Etiology and epidemiology of plague
Disease focus: Plague
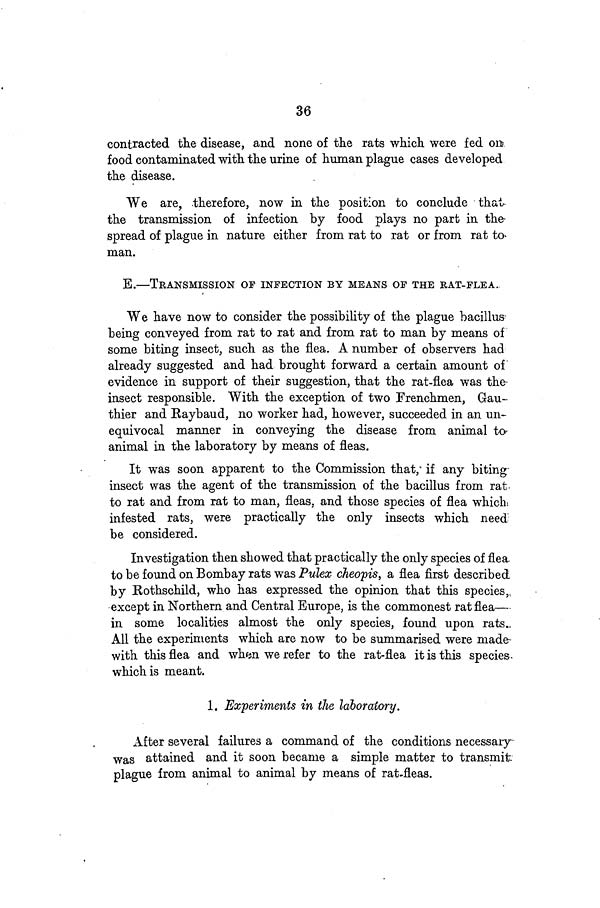
36
contracted the disease, and none of the rats which were fed on
food contaminated with the urine of human plague cases developed
the disease.
We are, therefore, now in the position to conclude that
the transmission of infection by food plays no part in the
spread of plague in nature either from rat to rat or from rat to
man.
E.—TRANSMISSION of INFECTION BY MEANS OF THE RAT-FLEA.
We have now to consider the possibility of the plague bacillus-
being conveyed from rat to rat and from rat to man by means of
some biting insect, such as the flea. A number of observers had
already suggested and had brought forward a certain amount of
evidence in support of their suggestion, that the rat-flea was the
insect responsible. With the exception of two Frenchmen, Gau-
thier and Raybaud, no worker had, however, succeeded in an un-
equivocal manner in conveying the disease from animal to
animal in the laboratory by means of fleas.
It was soon apparent to the Commission that, if any biting
insect was the agent of the transmission of the bacillus from rat
to rat and from rat to man, fleas, and those species of flea which
infested rats, were practically the only insects which need
be considered.
Investigation then showed that practically the only species of flea
to be found on Bombay rats was Pulex cheopis, a flea first described
by Rothschild, who has expressed the opinion that this species,
except in Northern and Central Europe, is the commonest rat flea—
in some localities almost the only species, found upon rats.
All the experiments which are now to be summarised were made
with this flea and when we refer to the rat-flea it is this species
which is meant.
1. Experiments in the laboratory.
After several failures a command of the conditions necessary
was attained and it soon became a simple matter to transmit
plague from animal to animal by means of rat-fleas.